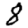
Digit: 8